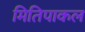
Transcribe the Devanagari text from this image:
मितिपाकल